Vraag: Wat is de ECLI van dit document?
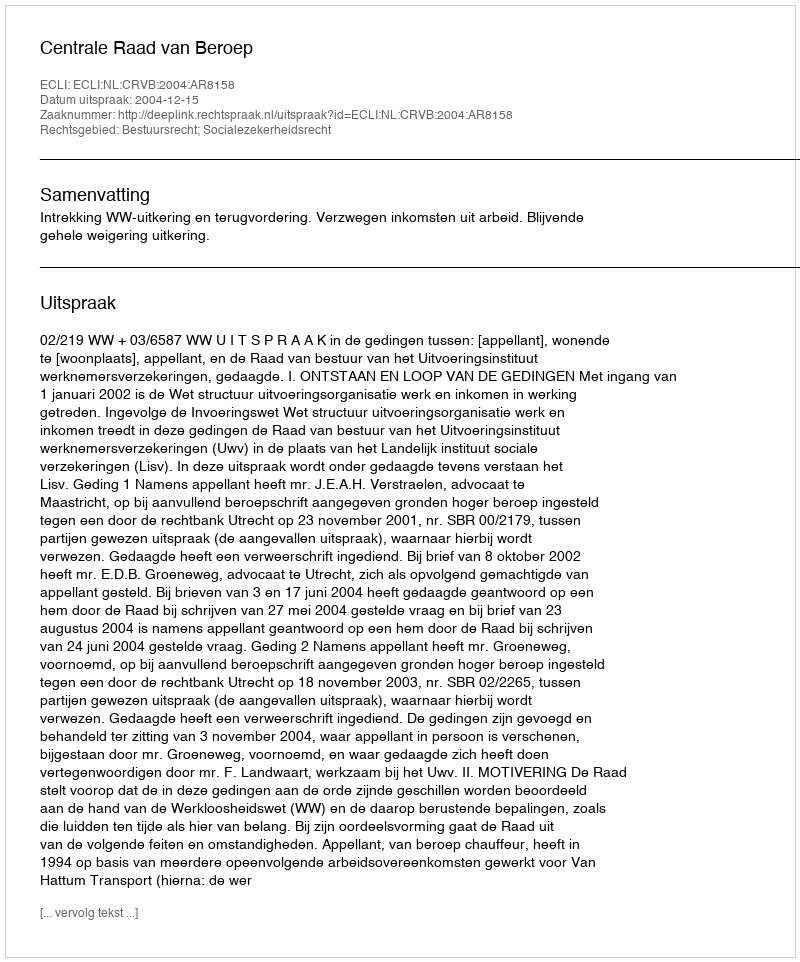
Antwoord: ECLI:NL:CRVB:2004:AR8158